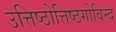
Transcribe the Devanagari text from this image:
उत्तिष्ठोत्तिष्ठगोविन्द